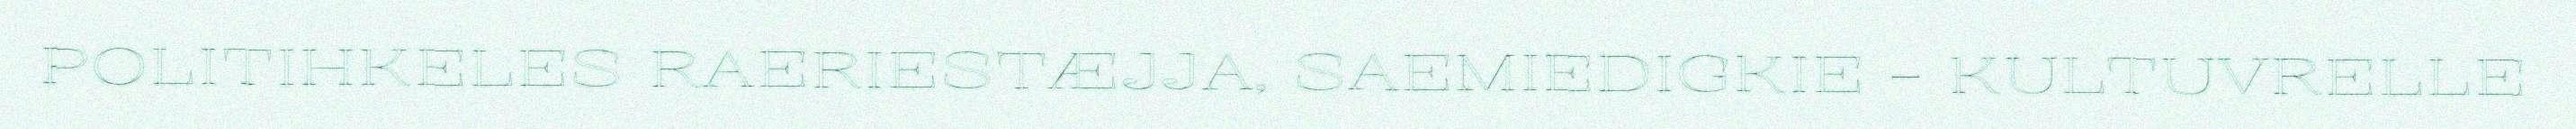
POLITIHKELES RAERIESTÆJJA, SAEMIEDIGKIE - KULTUVRELLE